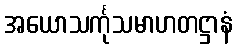
အယောသင်္ကုသမာဟတဋ္ဌာနံ